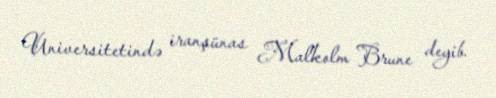
Universitetində iranşünas Malkolm Brune deyib.